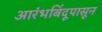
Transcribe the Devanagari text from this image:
आरंभबिंदूपासून